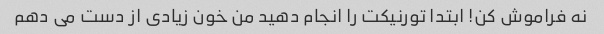
نه فراموش کن! ابتدا تورنیکت را انجام دهید من خون زیادی از دست می دهم